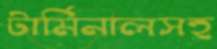
টার্মিনালসহ